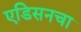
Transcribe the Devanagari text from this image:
एडिसनचा